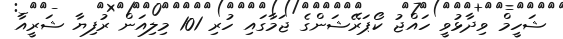
ޝަހީމް ވިދާޅުވީ ހައްޖު ކޯޕަރޭޝަންގެ ޖަމާގައި ހުރި 101 މިލިއަން ރުފިޔާ ޝަރީއާ